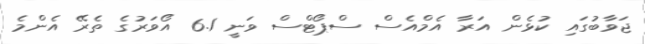
ޖަވާބުގައި ކުޅެން އަރާ އެމްއެސް ސްޕޯޓްސް ވަނީ 6.1 އޯވަރުގެ ތެރޭ އެންމެ